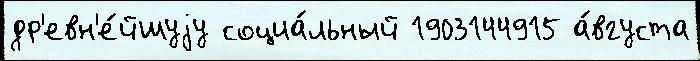
др'евн'е́йшуjу социа́льный 1903144915 а́вгуста